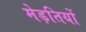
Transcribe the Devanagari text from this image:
मेड़तियों